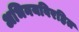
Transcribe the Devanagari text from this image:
अभिनयविरहित